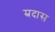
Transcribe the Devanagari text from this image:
म्रदास